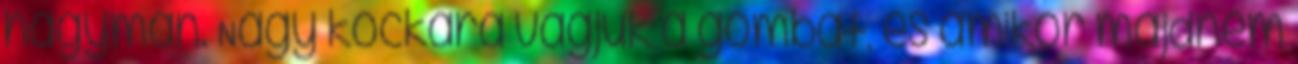
hagymán. Nagy kockára vágjuk a gombát, és amikor majdnem